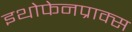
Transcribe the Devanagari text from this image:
इथोफेनप्राक्‍स